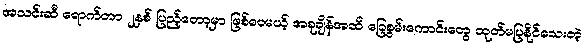
အသင်းဆီ ရောက်တာ ၂နှစ် ပြည့်တော့မှာ ဖြစ်ပေမယ့် အခုချိန်အထိ ခြေစွမ်းကောင်းတွေ ထုတ်မပြနိုင်သေးတဲ့